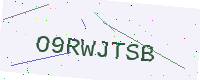
Text: O9RWJTSB